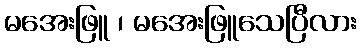
မအေးဖြူ ၊ မအေးဖြူသေပြီလား